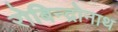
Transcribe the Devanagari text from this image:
रोबिन्द्रोनाथ